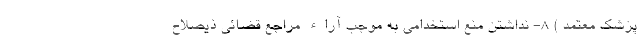
پزشک معتمد ) 8- نداشتن منع استخدامی به موجب آراء مراجع قضائی ذیصلاح